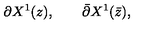
\partial X ^ { 1 } ( z ) , \qquad \bar { \partial } X ^ { 1 } ( \bar { z } ) ,